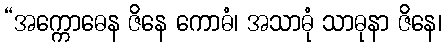
“အက္ကောဓေန ဇိနေ ကောဓံ၊ အသာဓုံ သာဓုနာ ဇိနေ၊